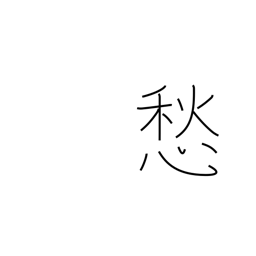
Meaning: be anxious